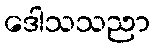
ဒေါသသညာ